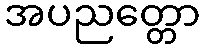
အပညတ္တော